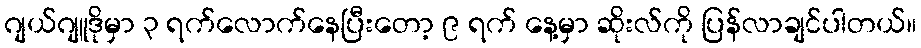
ဂျယ်ဂျူဒိုမှာ ၃ ရက်လောက်နေပြီးတော့ ၉ ရက် နေ့မှာ ဆိုးလ်ကို ပြန်လာချင်ပါတယ်။